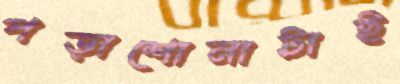
পড়াশোনাটাই